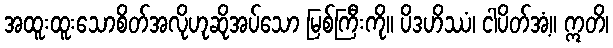
အထူးထူးသောစိတ်အလိုဟုဆိုအပ်သော မြစ်ကြီးကို။ ပိဒဟိဿံ၊ ငါပိတ်အံ့။ ဣတိ၊